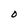
Character: O